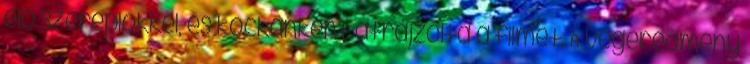
élő szereplőkkel, és kockánként átrajzolta a filmet. A végeredmény